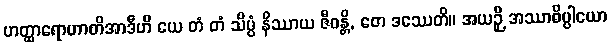
ဟတ္ထာရောဟာတိအာဒီဟိ ယေ တံ တံ သိပ္ပံ နိဿာယ ဇီဝန္တိ, တေ ဒဿေတိ။ အယဉှိ အဿာဓိပ္ပါယော